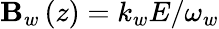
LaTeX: \mathbf{B}_{w}\left(z\right)=k_{w}E/\omega_{w}